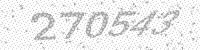
Solution: 270543